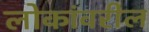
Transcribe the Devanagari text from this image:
लोकांवरील